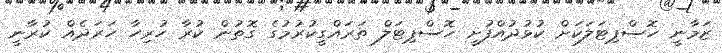
ޒަމާނީ ހޮސްޕިޓަލަކަށް ކުޅުދުއްފުށީ ހޮސްޕިޓަލް ތަރައްގީކުރުމުގެ ގޮތުން ކުރާ ހުރިހާ ހަރަދެއް ކުރާނީ